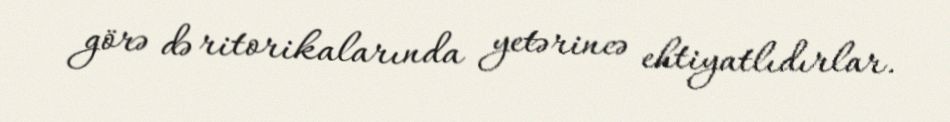
görə də ritorikalarında yetərincə ehtiyatlıdırlar.